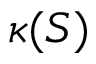
\kappa ( S )